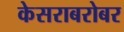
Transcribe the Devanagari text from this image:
केसराबरोबर